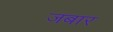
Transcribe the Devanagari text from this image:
जबार